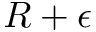
R + \epsilon